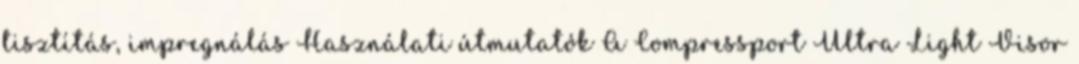
tisztítás, impregnálás Használati útmutatók A Compressport Ultra Light Visor